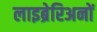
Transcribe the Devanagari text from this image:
लाइब्रेरिअनों